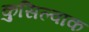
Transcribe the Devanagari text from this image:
कुसिल्वाक